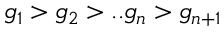
g _ { 1 } > g _ { 2 } > . . g _ { n } > g _ { n + 1 }